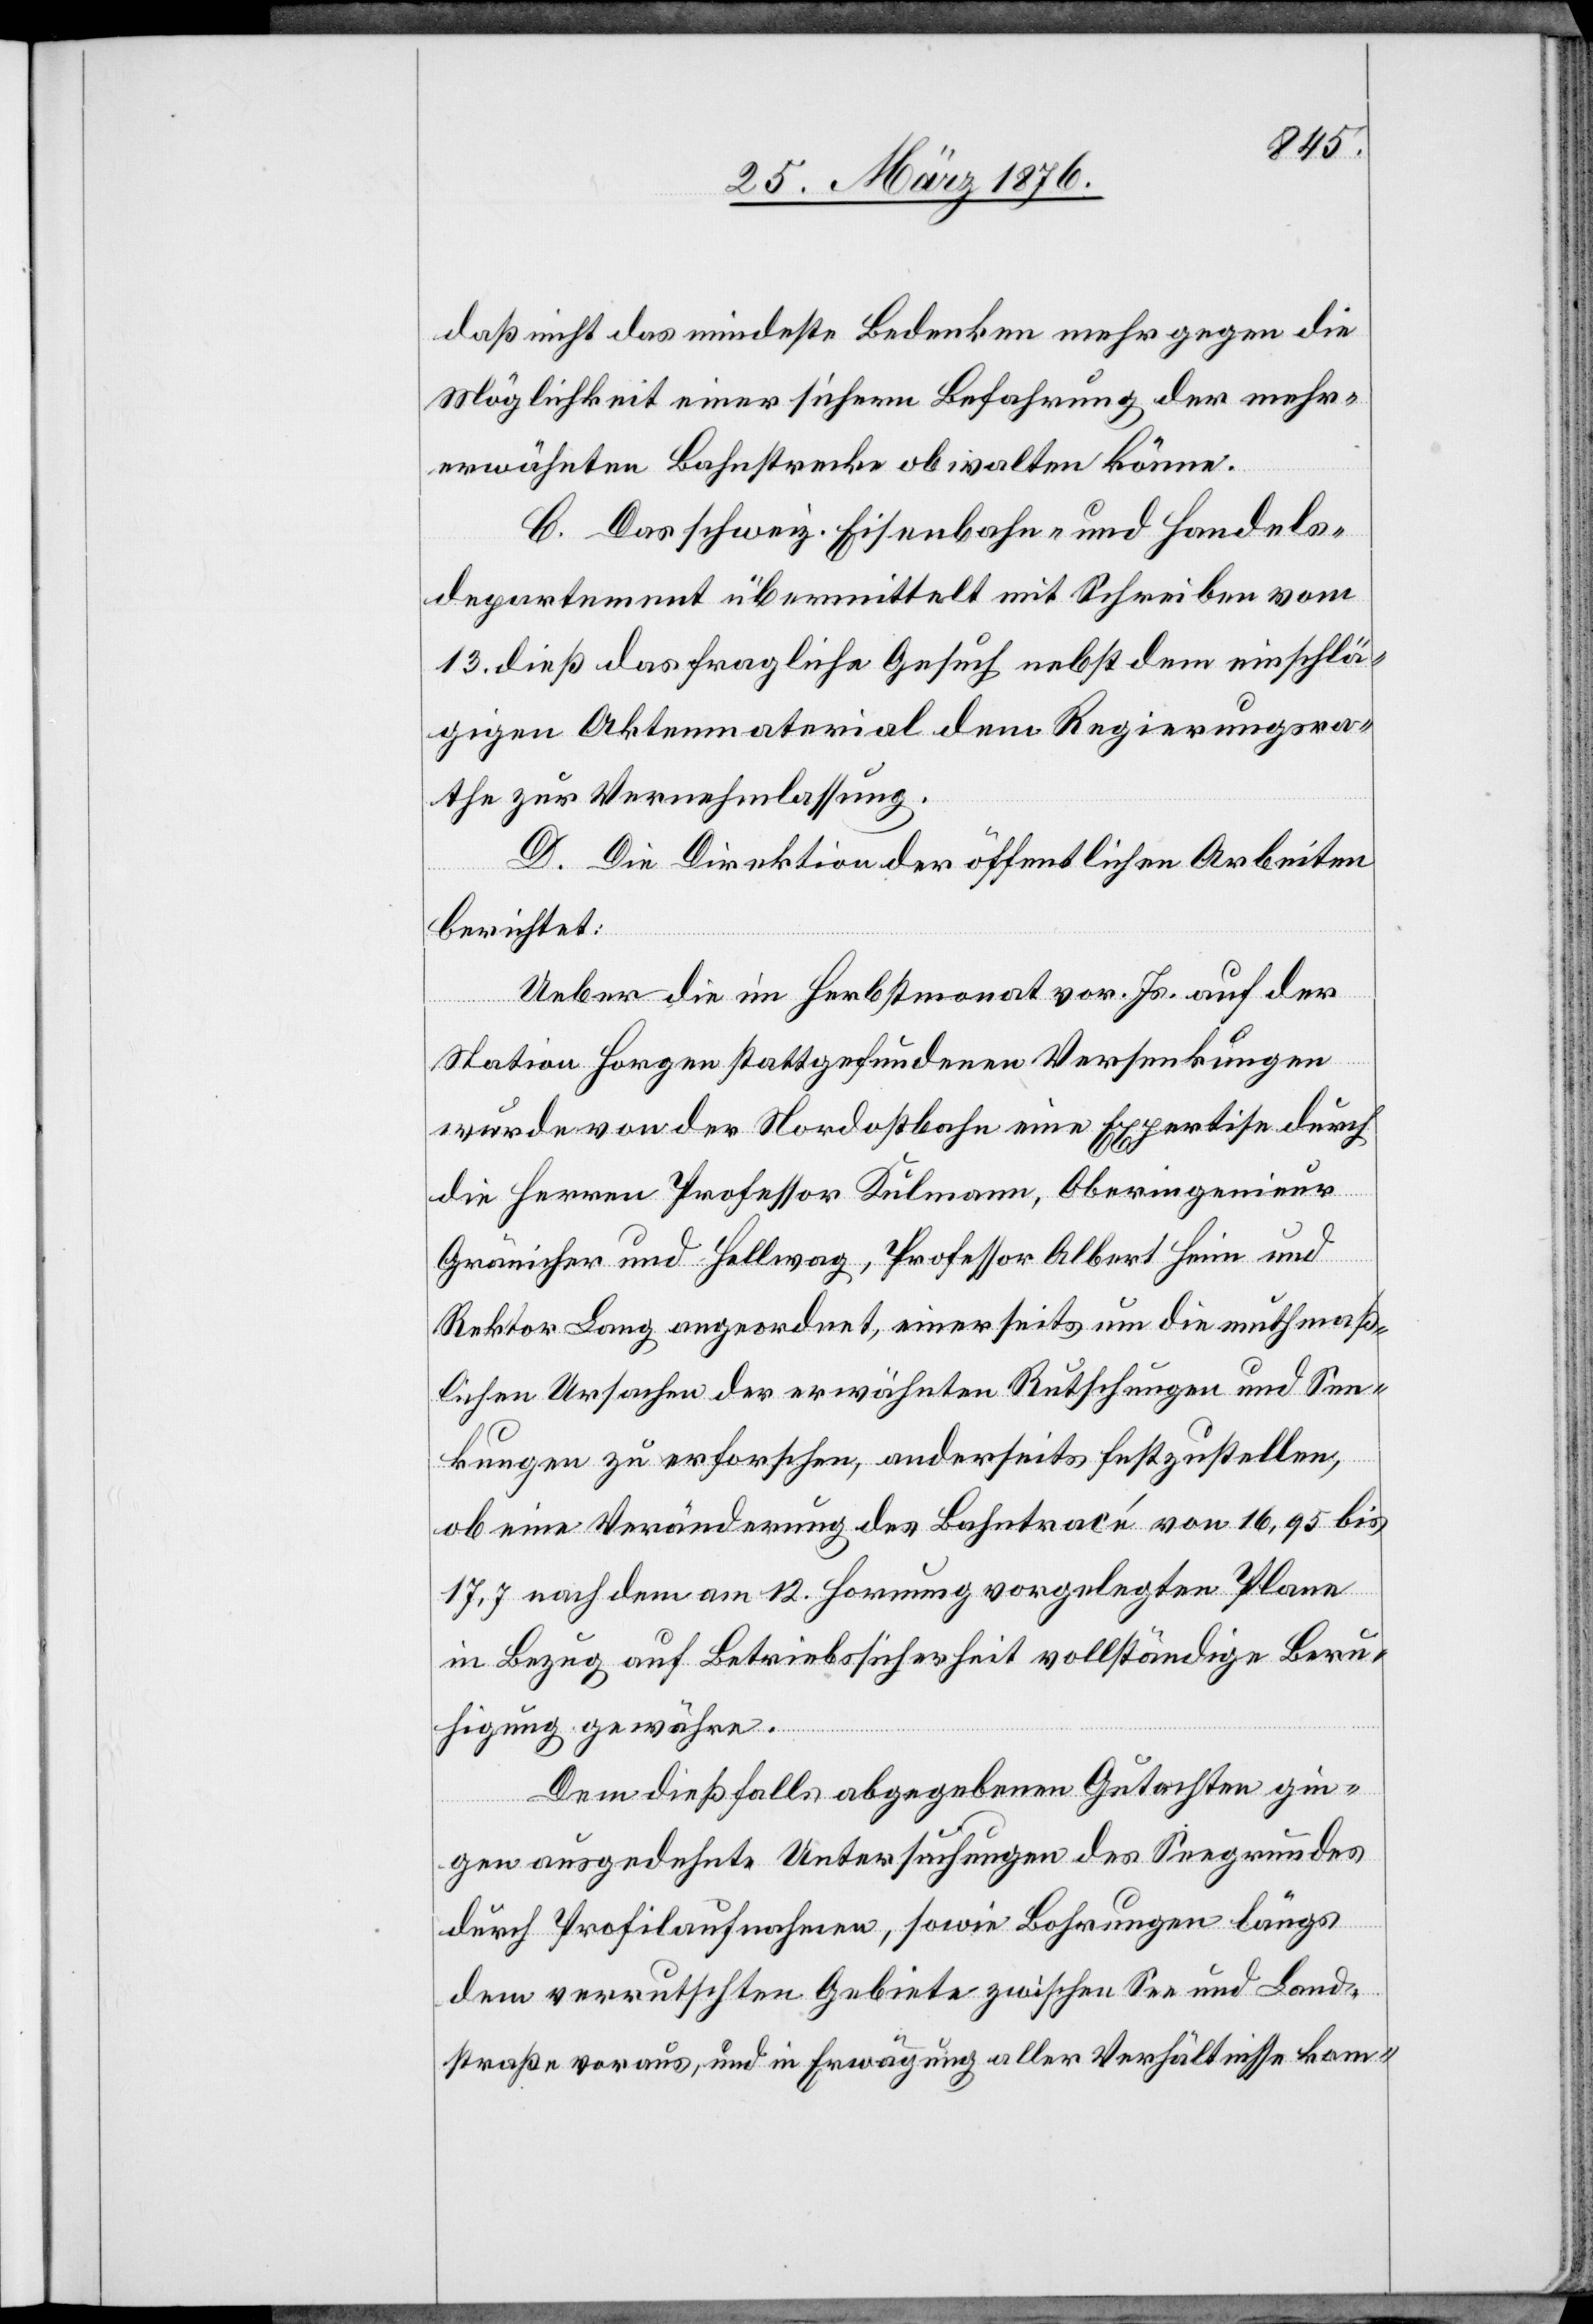
daß nicht das mindeste Bedenken mehr gegen die
Möglichkeit einer sicheren Befahrung der mehr¬
erwähnten Bahnstecke obwalten könne.
C. Das schweiz. Eisenbahn- und Handels¬
departement übermittelt mit Schreiben vom
13. dieß das fragliche Gesuch nebst dem einschlä¬
gigen Aktenmaterial dem Regierungsra¬
the zur Vernehmlassung.
D. Die Direktion der öffentlichen Arbeiten
berichtet:
Ueber die im Herbstmonat vor. Js. auf der
Station Horgen stattgefundenen Versenkungen
wurde von der Nordostbahn eine Experise durch
die Herren Professor Dulmann, Oberingenieur
Gränicher und Hellwag, Professor Albert Heim und
Rektor Lang angeordnet, einerseits um die muthmaß¬
lichen Ursachen der erwähnten Rutschungen und Sen¬
kungen zu erforschen, anderseits festzustellen,
ob eine Veränderung der Bahntrace von 16,95 bis
17,7 nach dem am 12. Hornung vorgelegten Plane
in Bezug auf Betriebssicherheit vollständige Beru¬
higung gewähre.
Dem dießfalls abgegebenen Gutachten gin¬
gen ausgedehnte Untersuchungen des Seegrundes
durch Profilaufnahmen, sowie Bohrungen längs
dem verrutschten Gebiete zwischen See und Land¬
straße voraus, und in Erwägung aller Verhältnisse kom-